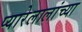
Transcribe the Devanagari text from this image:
प्यारेलालांच्या